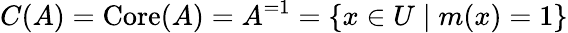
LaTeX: C(A)=\operatorname{Core}(A)=A^{=1}=\{ x\in U\mid m(x)=1\}